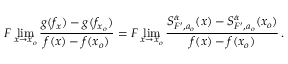
F \operatorname* { l i m } _ { x \rightarrow x _ { o } } \frac { g ( f _ { x } ) - g ( f _ { x _ { o } } ) } { f ( x ) - f ( x _ { o } ) } = F \operatorname* { l i m } _ { x \rightarrow x _ { o } } \frac { S _ { F ^ { \prime } , a _ { o } } ^ { \alpha } ( x ) - S _ { F ^ { \prime } , a _ { o } } ^ { \alpha } ( x _ { o } ) } { f ( x ) - f ( x _ { o } ) } \, .